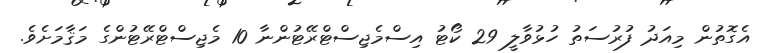
އެގޮތުން މިއަދު ފުރުސަތު ހުޅުވާލީ 29 ކޯޓު އިސްމެޖިސްޓްރޭޓުންނާ 10 މެޖިސްޓްރޭޓުންގެ މަޤާމަށެވެ.